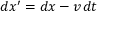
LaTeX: d x ^ { \prime } = d x - v \, d t